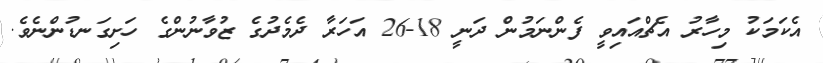
އެކަމަކު މިހާރު އެޗްއައިވީ ފެންނަމުން ދަނީ 18-26 އަހަރާ ދެމެދުގެ ޒުވާނުންގެ ހަށިގަނޑުންނެވެ.